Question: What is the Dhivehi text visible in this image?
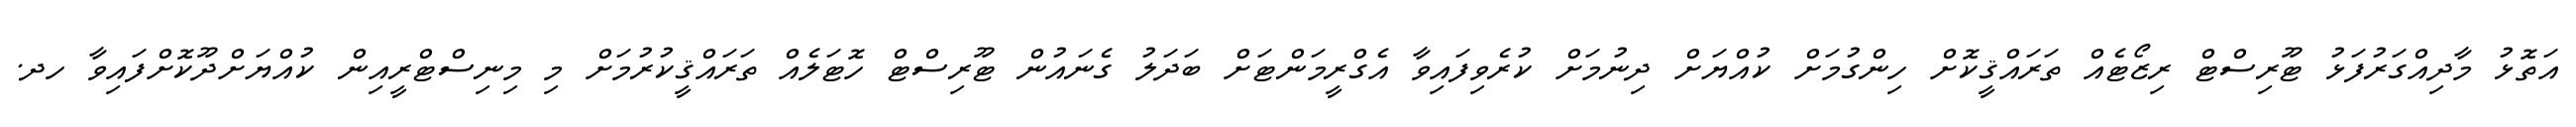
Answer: އަތޮޅު މާދިއްގަރުފަޅު ޓޫރިސްޓް ރިޒޯޓެއް ތަރައްޤީކޮށް ހިންގުމަށް ކުއްޔަށް ދިނުމަށް ކުރެވިފައިވާ އެގްރީމަންޓަށް ބަދަލު ގެނައުން ޓޫރިސްޓް ހޮޓަލެއް ތަރައްޤީކުރުމަށް މި މިނިސްޓްރީއިން ކުއްޔަށްދޫކޮށްފައިވާ ހދ.